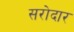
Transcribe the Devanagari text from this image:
सरोदार